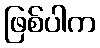
ဖြစ်ပါက